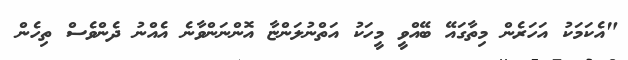
"އެކަމަކު އަހަރެން މިތާގައޭ ބޭއްވީ މީހަކު އަތްނުލަންޏާ އޮންނަންވާނެ އެއްނު ދެންވެސް ތިހެން